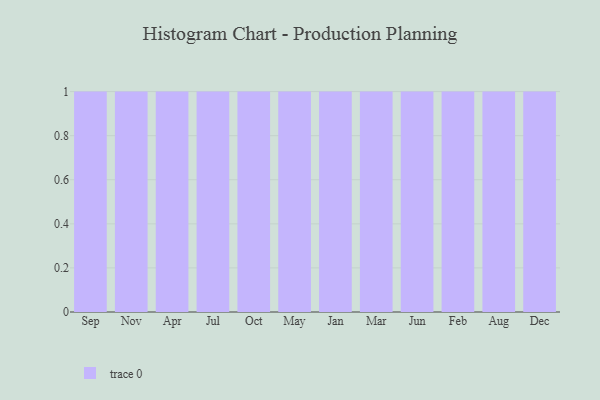
{"axis": {"x": "Month", "y": "Population (Million)"}, "legend": [""], "data": [{"x": "Sep", "y": 96, "type": ""}, {"x": "Nov", "y": 88, "type": ""}, {"x": "Apr", "y": 87, "type": ""}, {"x": "Jul", "y": 14, "type": ""}, {"x": "Oct", "y": 91, "type": ""}, {"x": "May", "y": 62, "type": ""}, {"x": "Jan", "y": 94, "type": ""}, {"x": "Mar", "y": 36, "type": ""}, {"x": "Jun", "y": 48, "type": ""}, {"x": "Feb", "y": 97, "type": ""}, {"x": "Aug", "y": 25, "type": ""}, {"x": "Dec", "y": 25, "type": ""}]}